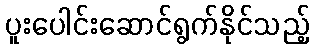
ပူးပေါင်းဆောင်ရွက်နိုင်သည့်